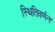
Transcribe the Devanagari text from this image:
स्थितिवर्णन